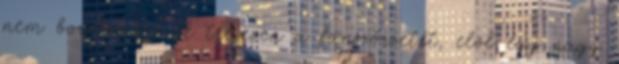
nem borotválta le teljesen a fanszőrzetét, elöl egy nagy